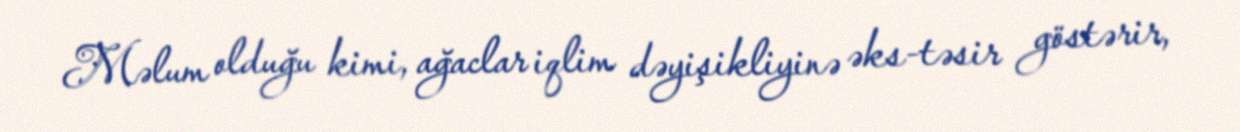
Məlum olduğu kimi, ağaclar iqlim dəyişikliyinə əks-təsir göstərir,